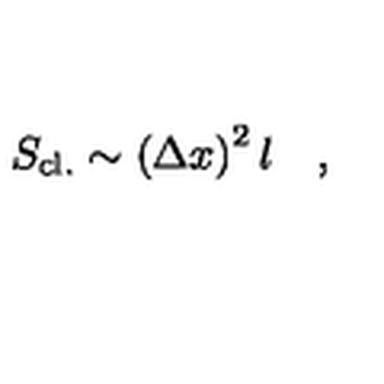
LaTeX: S _ { \mathrm { c l . } } \sim \left( \Delta x \right) ^ { 2 } l \quad ,